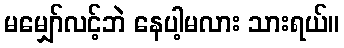
မမျှော်လင့်ဘဲ နေပါ့မလား သားရယ်။